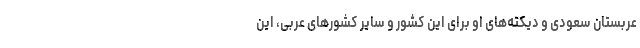
عربستان سعودی و دیکته‌های او برای این کشور و سایر کشورهای عربی، این